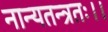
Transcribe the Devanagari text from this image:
नान्यतन्त्रतः।।